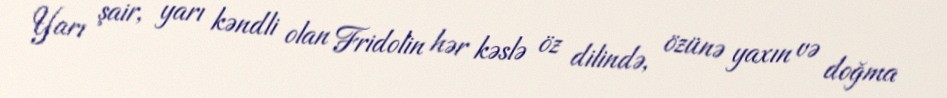
Yarı şair, yarı kəndli olan Fridolin hər kəslə öz dilində, özünə yaxın və doğma